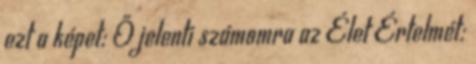
ezt a képet: Ő jelenti számomra az Élet Értelmét: